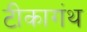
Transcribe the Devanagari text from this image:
टीकागंथ